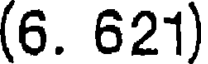
(6. 621)